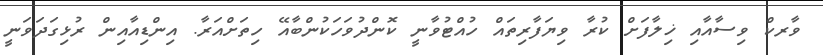
ވާރކް ވިސާއާއި ޚިލާފަށް ކުރާ ވިޔަފާރިތައް ހުއްޓުވާނީ ކޮންދުވަހަކުންބާއޭ ހިތަށްއަރާ. އިންޑިއާއިން ރުޅިގަދަވަނީ